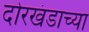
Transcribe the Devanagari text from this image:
दोरखंडाच्या